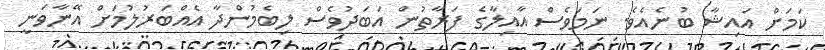
ކަމަށް އައިޝާ ބުނެއެވެ. ނަމަވެސް އާއިލާގެ ފަރާތުން އަބަދުވެސް ލިބެމުންދާ އެއްބަރުލުމަށް އޭނާވަނީ